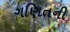
ગણિતની